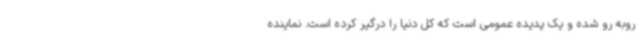
روبه رو شده و یک پدیده عمومی است که کل دنیا را درگیر کرده است. نماینده